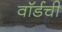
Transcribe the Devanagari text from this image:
वॉर्डची